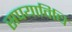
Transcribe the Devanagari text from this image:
सपयाविधि